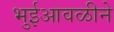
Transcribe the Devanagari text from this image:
भुईआवळीने